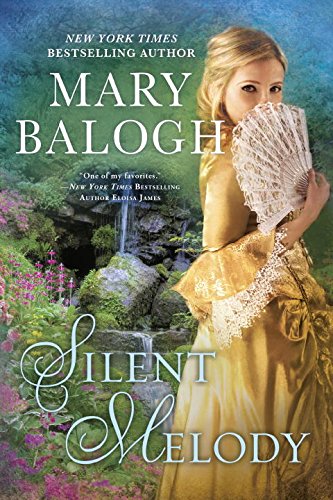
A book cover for Silent Melody; Mary Balogh; Romance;